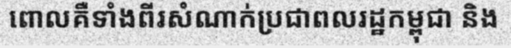
ពោលគឺទាំងពីរសំណាក់ប្រជាពលរដ្ឋកម្ពុជា និង